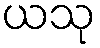
ယသု